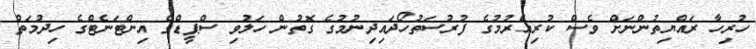
ހުރިހާ ރައްޔިތުންނަށް ވެސް ކުރިއެރުމުގެ ފުރުސަތުހޯދައިދިނުމުގެ ގޮތުން ހަލުވި ސްޕީޑްގެ އިންޓަނެޓްގެ ހިދުމަތް